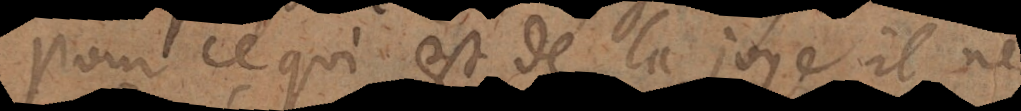
Pour ce qui est de la joye il la